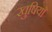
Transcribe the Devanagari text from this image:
खुषियाँ